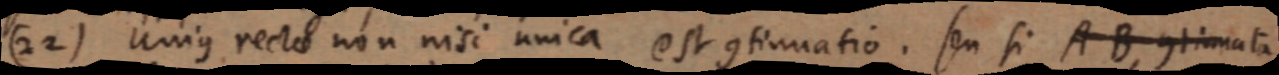
(22) unius rectae non nisi unica est continuatio. seu si AB, continuata